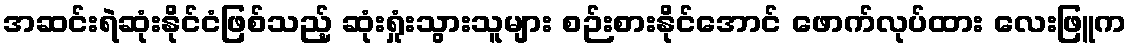
အဆင်းရဲဆုံးနိုင်ငံဖြစ်သည့် ဆုံးရှုံးသွားသူများ စဉ်းစားနိုင်အောင် ဖောက်လုပ်ထား လေးဖြူက